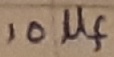
Text: 10µf